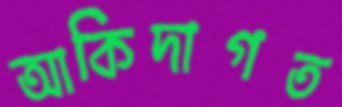
আকিদাগত